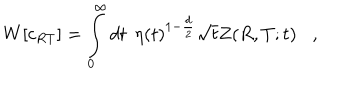
LaTeX: W [ c _ { R T } ] = \int _ { 0 } ^ { \infty } d t \; \, \eta ( t ) ^ { 1 - { \frac { d } { 2 } } } \sqrt { t } Z ( R , T ; t ) ,